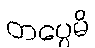
တပ္ပေမိ